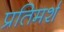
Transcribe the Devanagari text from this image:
प्रतिमर्श